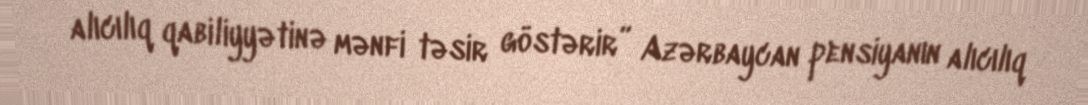
alıcılıq qabiliyyətinə mənfi təsir göstərir” Azərbaycan pensiyanın alıcılıq